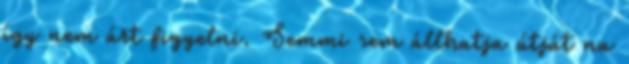
így nem árt figyelni. Semmi sem állhatja útját na